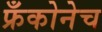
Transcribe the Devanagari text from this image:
फ्रँकोनेच